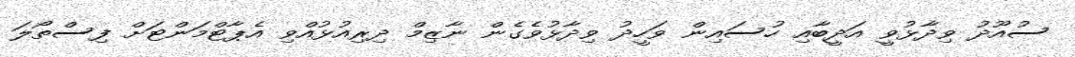
ސުއޫދު ވިދާޅުވީ އަދީބާއި ހުސައިން ވަހީދު ވިދާޅުވެގެން ނާޒިމް ދިރިއުޅުއްވި އެޕާޓްމަންޓަށް ފިސްތޯލަ